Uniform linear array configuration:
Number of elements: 16
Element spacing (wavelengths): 1
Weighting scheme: exponential
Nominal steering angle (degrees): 45
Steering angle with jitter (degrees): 45.778
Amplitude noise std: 0.05
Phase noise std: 0.05

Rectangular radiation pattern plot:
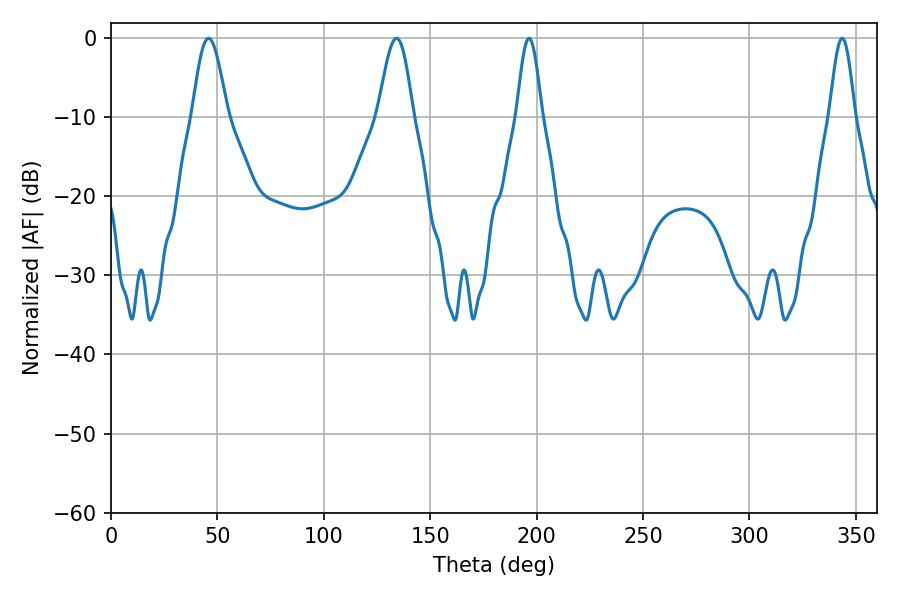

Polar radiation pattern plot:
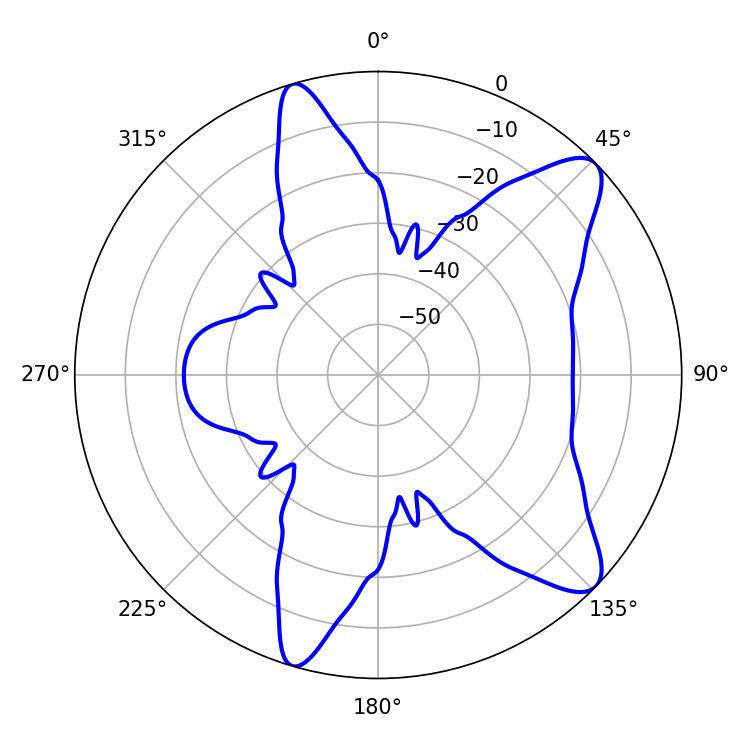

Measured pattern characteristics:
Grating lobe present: TRUE
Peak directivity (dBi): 10.165
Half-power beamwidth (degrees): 6.3
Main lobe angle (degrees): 343.62